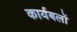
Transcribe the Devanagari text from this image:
कार्यबलों